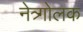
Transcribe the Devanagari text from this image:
नेत्र्गोलक